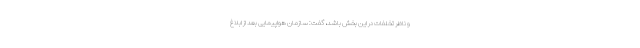
و ناظر تخلفات در این بخش باشد، گفت: سازمان هواپیمایی بعد از ابلاغ